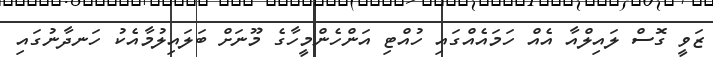
ޒަވީ ގޮސް ލައިލްއާ އެއް ހަމައެއްގައި ހުއްޓި އަންހެންމީހާގެ މޫނަށް ބަލައިލުމާއެކު ހަނދާނުގައި